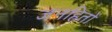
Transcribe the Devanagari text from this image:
जनहितों